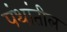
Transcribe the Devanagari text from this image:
पंथांतील